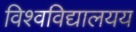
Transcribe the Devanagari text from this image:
विश्वविद्यालयय